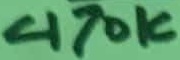
Text: 470K